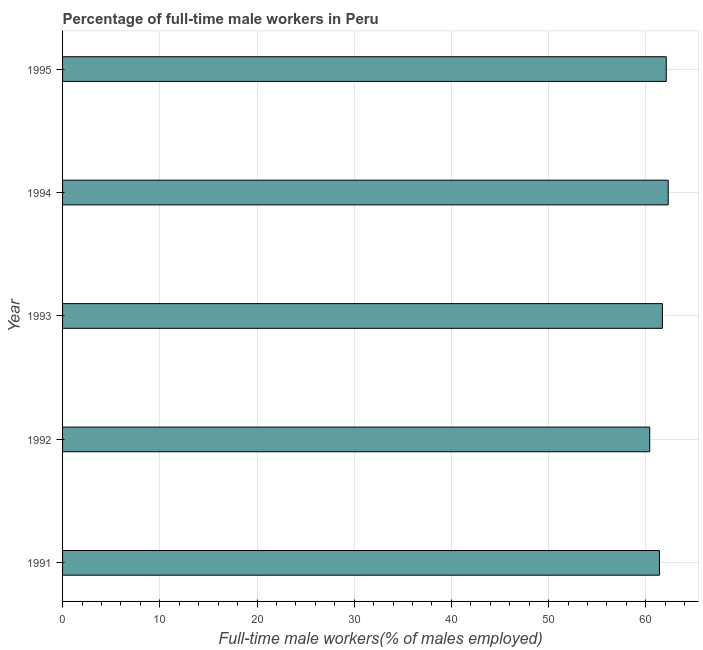
| Year | Wage and salary workers |
 | --- | --- |
 | 1991 | 61.4 |
 | 1992 | 60.4 |
 | 1993 | 61.7 |
 | 1994 | 62.3 |
 | 1995 | 62.1 |